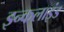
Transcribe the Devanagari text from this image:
इन्कलाइंड